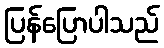
ပြန်ပြောပါသည်